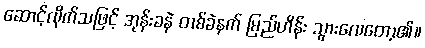
ဆောင့်လိုက်သဖြင့် အုန်းခနဲ တစ်ခဲနက် မြည်ဟိန်း သွားလေတော့၏။